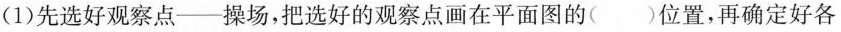
(1)先选好观察点——操场，把选好的观察点画在平面图的()位置，再确定好各